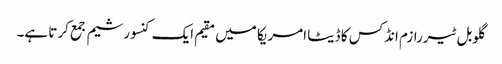
گلوبل ٹیررازم انڈکس کا ڈیٹا امریکا میں مقیم ایک کنسورشیم جمع کرتا ہے۔